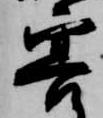
害